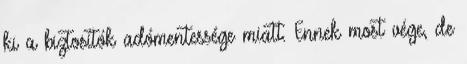
ki a biztosítók adómentessége miatt. Ennek most vége, de